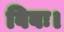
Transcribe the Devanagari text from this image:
विवः।